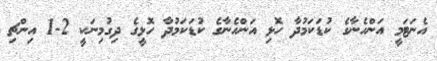
އެނަޓަމީ އަންހެނާގެ ކުޑަކަމުދާ ހޮޅި އަންހެނާގެ ކުޑަކަމުދާ ހޮޅީގެ ދިގުމިނަކީ 2-1 އިންޗި